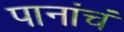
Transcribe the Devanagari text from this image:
पानांचं